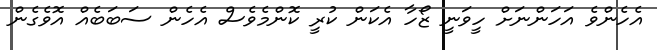
އެހެންވެ އަހަންނަށް ހީވަނީ ޒޯހާ އެކަން ކުރީ ކޮންމެވެސް އެހެން ސަބަބެއް އޮވެގެން